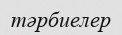
тәрбиелер